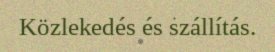
Közlekedés és szállítás.